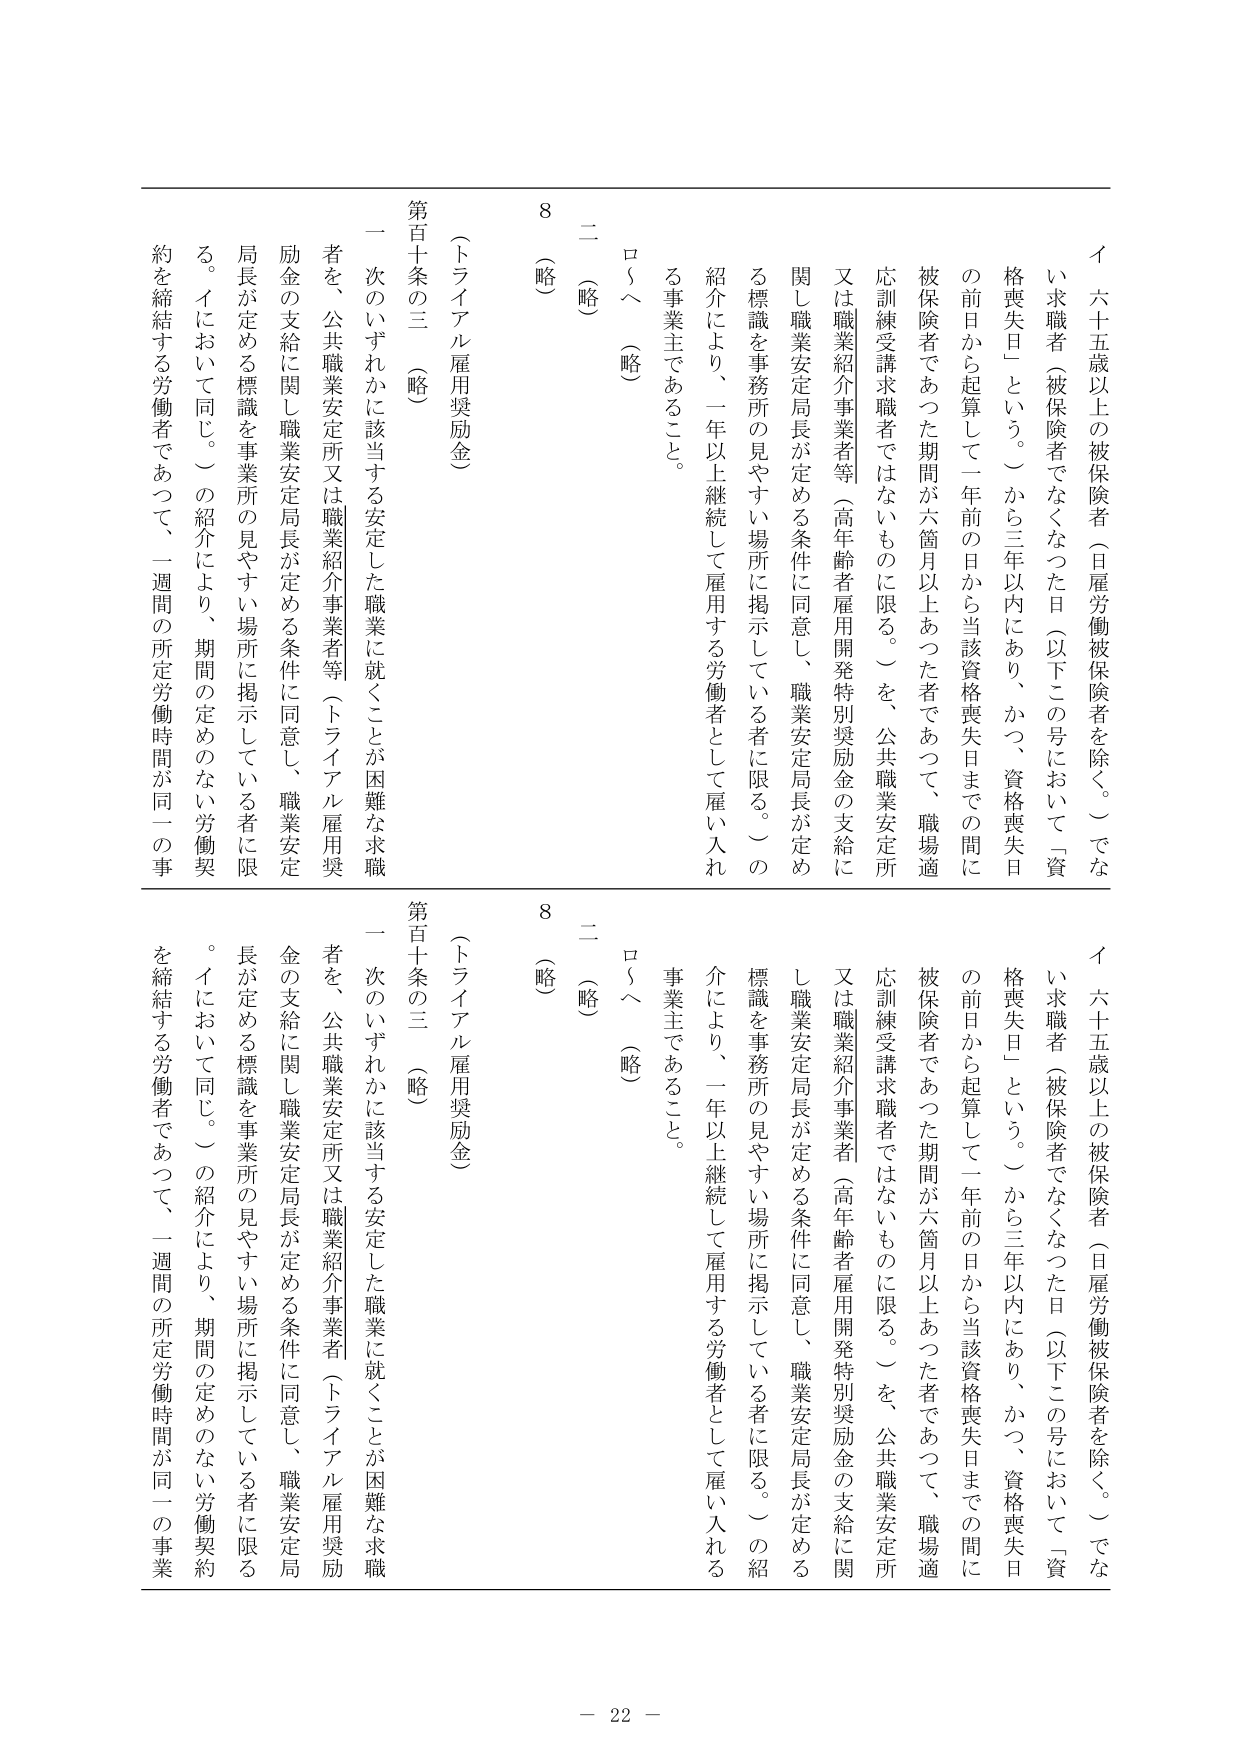
イ六十五歳以上の被保険者（日雇労働被保険者を除く。）でない求職者（被保険者でなくなった日（以下この号において「資格喪失日」という。）から三年以内にあり、かつ、資格喪失日の前日から起算して一年前の日から当該資格喪失日までの間に被保険者であった期間が六箇月以上あった者であつて、職場適応訓練受講求職者ではないものに限る。）を、公共職業安定所又は職業紹介事業者等（高年齢者雇用開発特別奨励金の支給に関し職業安定局長が定める条件に同意し、職業安定局長が定める標識を事務所の見やすい場所に掲示している者に限る。）の紹介により、一年以上継続して雇用する労働者として雇い入れる事業主であること。

ロ～（略）

二（略）

8

（トライアル雇用奨励金）

第百十条の三（略）

一 次のいずれかに該当する安定した職業に就くことが困難な求職者を、公共職業安定所又は職業紹介事業者等（トライアル雇用奨励金の支給に関し職業安定局長が定める条件に同意し、職業安定局長が定める標識を事業所の見やすい場所に掲示している者に限る。イにおいて同じ。）の紹介により、期間の定めのない労働契約を締結する労働者であつて、一週間の所定労働時間が同一の事業

イ六十五歳以上の被保険者（日雇労働被保険者を除く。）でない求職者（被保険者でなくなった日（以下この号において「資格喪失日」という。）から三年以内にあり、かつ、資格喪失日の前日から起算して一年前の日から当該資格喪失日までの間に被保険者であった期間が六箇月以上あった者であつて、職場適応訓練受講求職者ではないものに限る。）を、公共職業安定所又は職業紹介事業者（高年齢者雇用開発特別奨励金の支給に関し職業安定局長が定める条件に同意し、職業安定局長が定める標識を事務所の見やすい場所に掲示している者に限る。）の紹介により、一年以上継続して雇用する労働者として雇い入れる事業主であること。

ロ～（略）

二（略）

8

（トライアル雇用奨励金）

第百十条の三（略）

一 次のいずれかに該当する安定した職業に就くことが困難な求職者を、公共職業安定所又は職業紹介事業者（トライアル雇用奨励金の支給に関し職業安定局長が定める条件に同意し、職業安定局長が定める標識を事業所の見やすい場所に掲示している者に限る。イにおいて同じ。）の紹介により、期間の定めのない労働契約を締結する労働者であつて、一週間の所定労働時間が同一の事業

－ 22 －